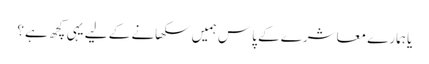
یا ہمارے معاشرے کے پاس ہمیں سکھانے کے لیے یہی کچھ ہے؟